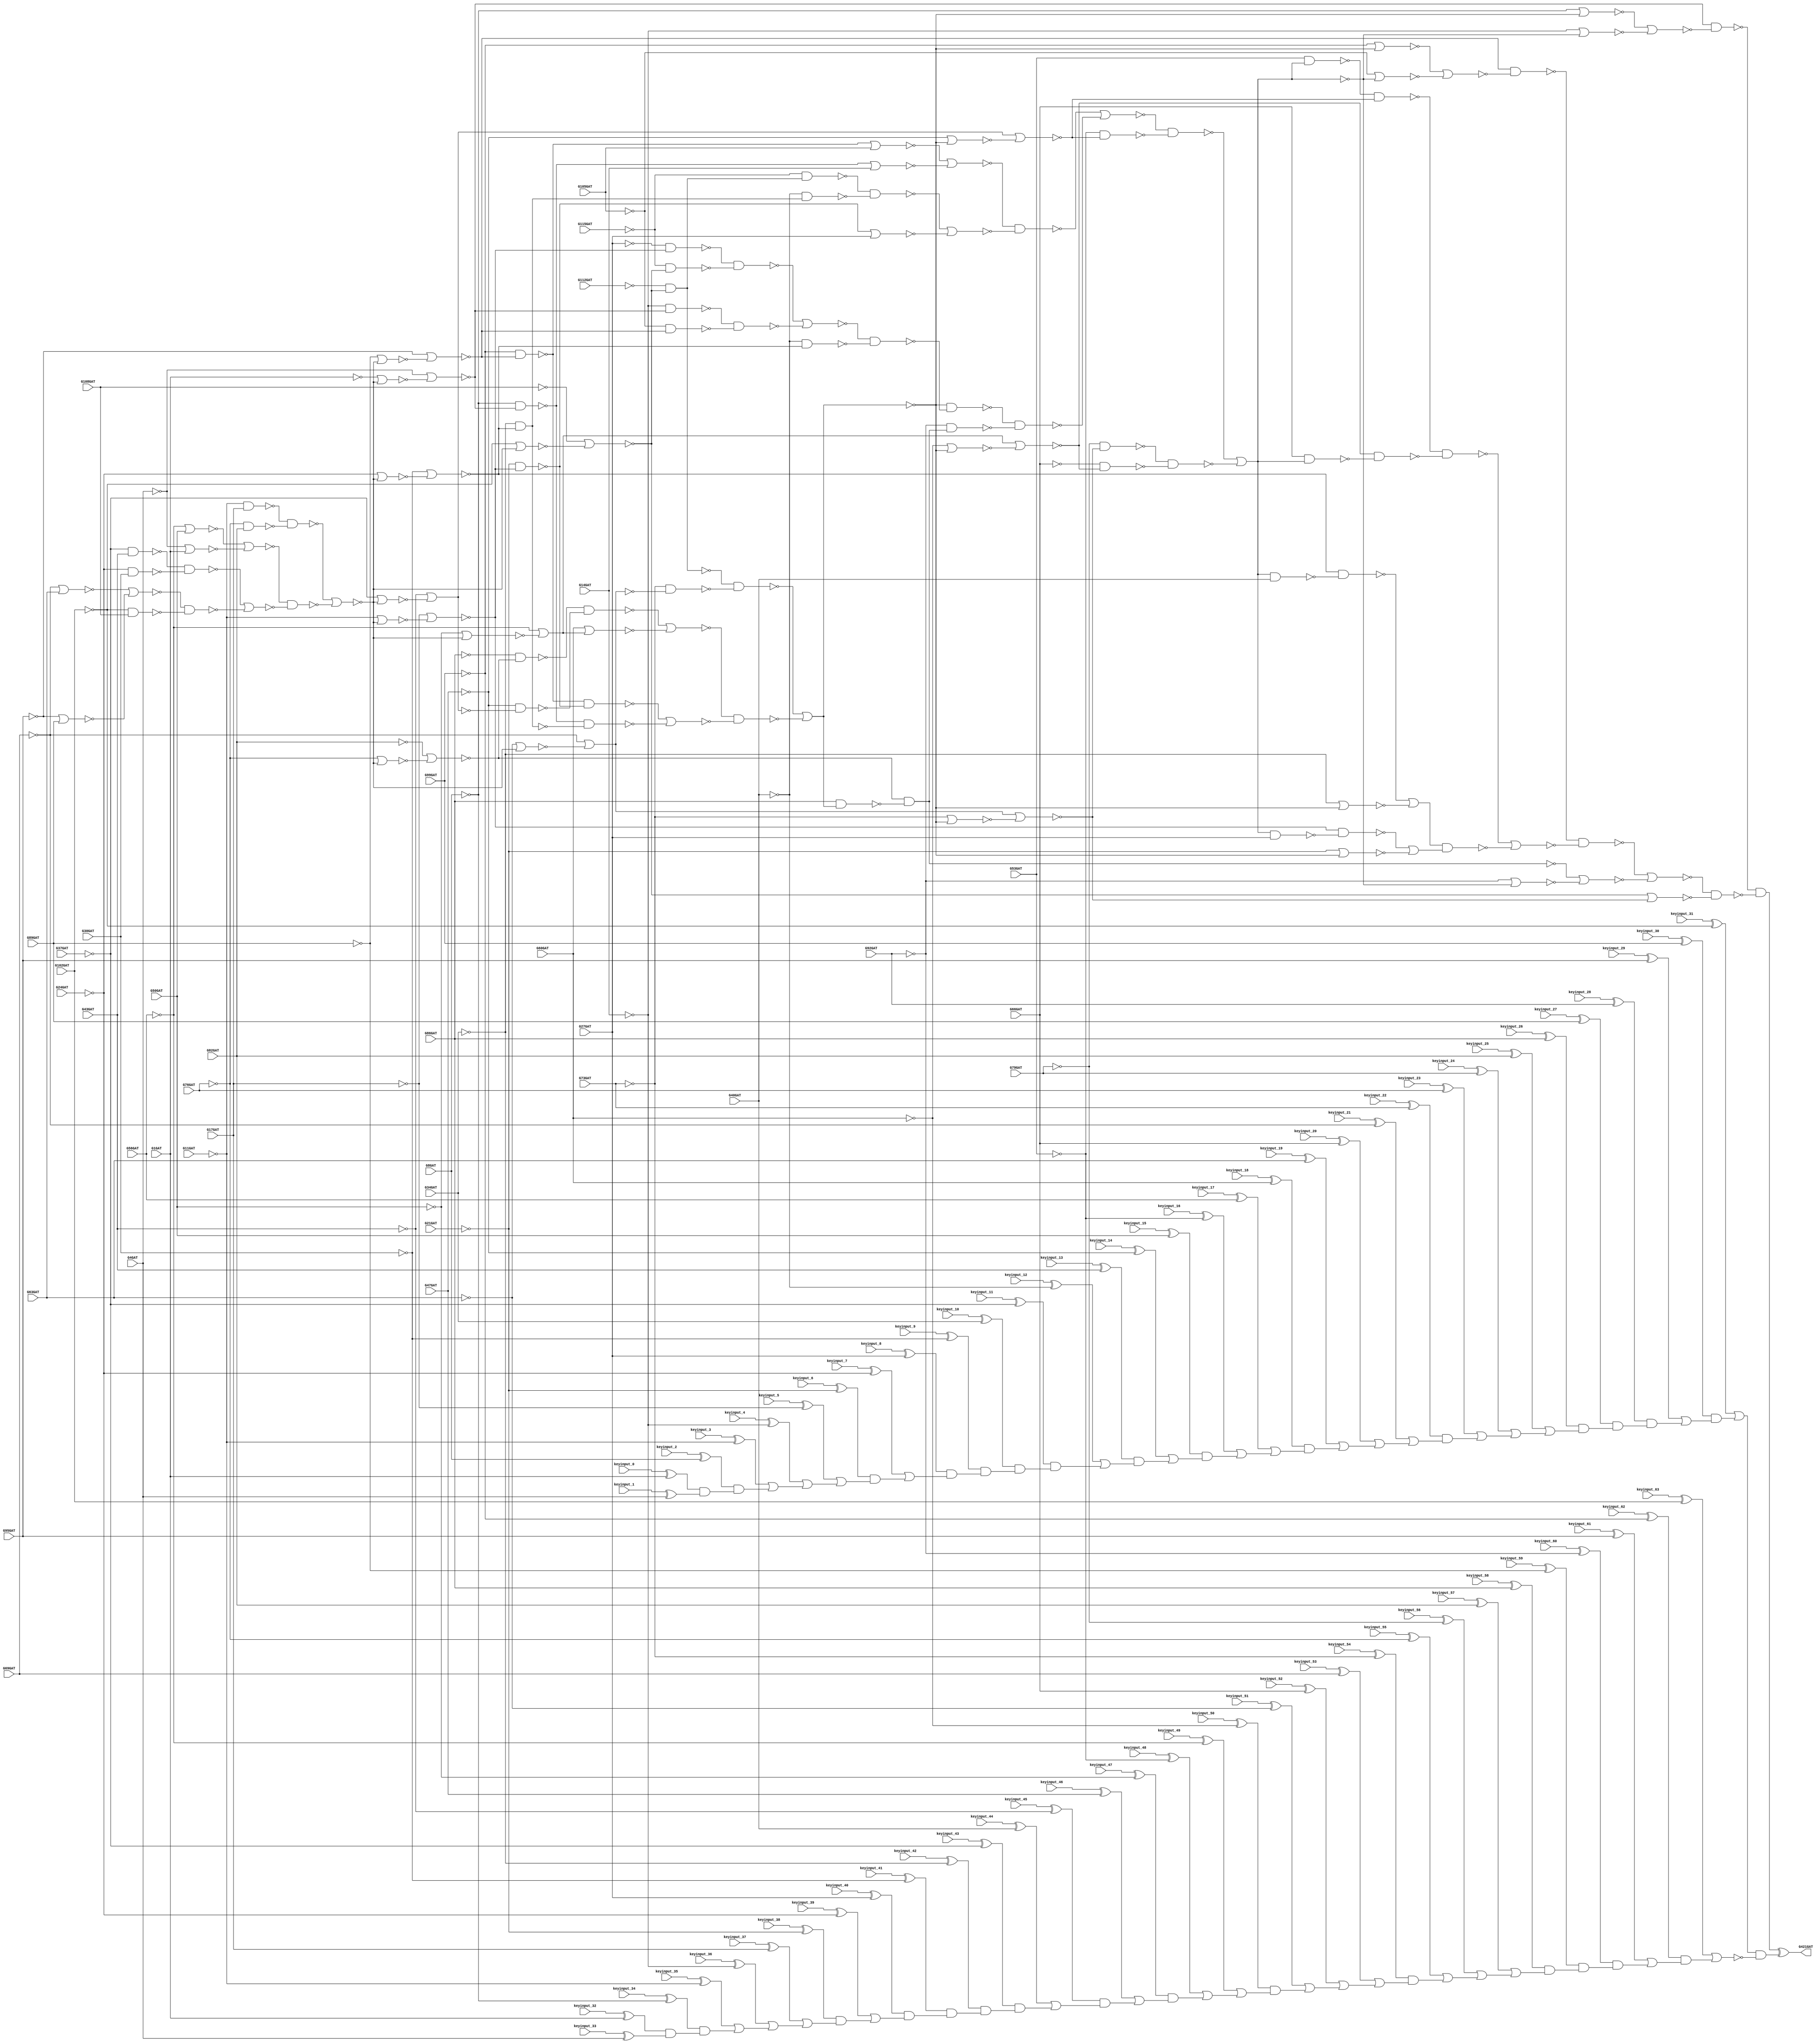
// Benchmark "c432_lock" written by ABC on Fri Jun 11 22:54:17 2021

module c432_lock ( 
    keyinput_0, keyinput_1, keyinput_2, keyinput_3, keyinput_4, keyinput_5,
    keyinput_6, keyinput_7, keyinput_8, keyinput_9, keyinput_10,
    keyinput_11, keyinput_12, keyinput_13, keyinput_14, keyinput_15,
    keyinput_16, keyinput_17, keyinput_18, keyinput_19, keyinput_20,
    keyinput_21, keyinput_22, keyinput_23, keyinput_24, keyinput_25,
    keyinput_26, keyinput_27, keyinput_28, keyinput_29, keyinput_30,
    keyinput_31, keyinput_32, keyinput_33, keyinput_34, keyinput_35,
    keyinput_36, keyinput_37, keyinput_38, keyinput_39, keyinput_40,
    keyinput_41, keyinput_42, keyinput_43, keyinput_44, keyinput_45,
    keyinput_46, keyinput_47, keyinput_48, keyinput_49, keyinput_50,
    keyinput_51, keyinput_52, keyinput_53, keyinput_54, keyinput_55,
    keyinput_56, keyinput_57, keyinput_58, keyinput_59, keyinput_60,
    keyinput_61, keyinput_62, keyinput_63, G1GAT, G4GAT, G8GAT, G11GAT,
    G14GAT, G17GAT, G21GAT, G24GAT, G27GAT, G30GAT, G34GAT, G37GAT, G40GAT,
    G43GAT, G47GAT, G50GAT, G53GAT, G56GAT, G60GAT, G63GAT, G66GAT, G69GAT,
    G73GAT, G76GAT, G79GAT, G82GAT, G86GAT, G89GAT, G92GAT, G95GAT, G99GAT,
    G102GAT, G105GAT, G108GAT, G112GAT, G115GAT,
    G421GAT  );
  input  keyinput_0, keyinput_1, keyinput_2, keyinput_3, keyinput_4,
    keyinput_5, keyinput_6, keyinput_7, keyinput_8, keyinput_9,
    keyinput_10, keyinput_11, keyinput_12, keyinput_13, keyinput_14,
    keyinput_15, keyinput_16, keyinput_17, keyinput_18, keyinput_19,
    keyinput_20, keyinput_21, keyinput_22, keyinput_23, keyinput_24,
    keyinput_25, keyinput_26, keyinput_27, keyinput_28, keyinput_29,
    keyinput_30, keyinput_31, keyinput_32, keyinput_33, keyinput_34,
    keyinput_35, keyinput_36, keyinput_37, keyinput_38, keyinput_39,
    keyinput_40, keyinput_41, keyinput_42, keyinput_43, keyinput_44,
    keyinput_45, keyinput_46, keyinput_47, keyinput_48, keyinput_49,
    keyinput_50, keyinput_51, keyinput_52, keyinput_53, keyinput_54,
    keyinput_55, keyinput_56, keyinput_57, keyinput_58, keyinput_59,
    keyinput_60, keyinput_61, keyinput_62, keyinput_63, G1GAT, G4GAT,
    G8GAT, G11GAT, G14GAT, G17GAT, G21GAT, G24GAT, G27GAT, G30GAT, G34GAT,
    G37GAT, G40GAT, G43GAT, G47GAT, G50GAT, G53GAT, G56GAT, G60GAT, G63GAT,
    G66GAT, G69GAT, G73GAT, G76GAT, G79GAT, G82GAT, G86GAT, G89GAT, G92GAT,
    G95GAT, G99GAT, G102GAT, G105GAT, G108GAT, G112GAT, G115GAT;
  output G421GAT;
  wire n143, n146, n144, n145, n167, n147, n150, n148, n149, n165, n151,
    n154, n152, n153, n163, n155, n158, n156, n157, n161, n159, n160, n162,
    n164, n166, G223GAT, n168, n260, n194, n169, n225, n170, n187, n171,
    n214, n174, n172, n220, n173, n177, n175, n228, n176, n185, n178, n256,
    n189, n179, n246, n199, n183, n180, n252, n191, n181, n240, n196, n182,
    n184, n186, G329GAT, n188, n193, n190, n192, n203, n195, n198, n238,
    n197, n201, n243, n200, n202, n219, n205, n204, n209, n207, n206, n208,
    n211, n210, n212, n217, n213, n258, n215, n216, n218, n224, n222, n221,
    n234, n223, n233, n227, n226, n265, n272, n230, n229, n275, n231, n232,
    G370GAT, n235, n280, n236, n237, n269, n244, n239, n242, n241, n283,
    n245, n248, n247, n285, n271, G430GAT, n250, n249, n251, n264, n254,
    n253, n255, n274, n259, n257, n273, n262, n261, n263, G421GAT_Lock,
    input_0, input_1, AND_1, input_2, AND_2, input_3, OR_3, input_4, OR_4,
    input_5, OR_5, input_6, AND_6, input_7, OR_7, input_8, AND_8, input_9,
    AND_9, input_10, AND_10, input_11, AND_11, input_12, OR_12, input_13,
    AND_13, input_14, OR_14, input_15, AND_15, input_16, OR_16, input_17,
    OR_17, input_18, AND_18, input_19, OR_19, input_20, OR_20, input_21,
    OR_21, input_22, AND_22, input_23, OR_23, input_24, OR_24, input_25,
    OR_25, input_26, AND_26, input_27, AND_27, input_28, AND_28, input_29,
    OR_29, input_30, AND_30, input_31, OR_31, input_32, input_33, AND_33,
    input_34, AND_34, input_35, OR_35, input_36, OR_36, input_37, OR_37,
    input_38, AND_38, input_39, OR_39, input_40, AND_40, input_41, AND_41,
    input_42, AND_42, input_43, AND_43, input_44, OR_44, input_45, AND_45,
    input_46, OR_46, input_47, AND_47, input_48, OR_48, input_49, OR_49,
    input_50, AND_50, input_51, OR_51, input_52, OR_52, input_53, OR_53,
    input_54, AND_54, input_55, OR_55, input_56, OR_56, input_57, OR_57,
    input_58, AND_58, input_59, AND_59, input_60, AND_60, input_61, OR_61,
    input_62, AND_62, input_63, OR_63, OR_63_INV, CASOP;
  assign n143 = ~G17GAT;
  assign n146 = ~G11GAT & ~n143;
  assign n144 = ~G82GAT;
  assign n145 = ~G76GAT & ~n144;
  assign n167 = ~n146 & ~n145;
  assign n147 = ~G50GAT;
  assign n150 = ~G56GAT | ~n147;
  assign n148 = ~G1GAT;
  assign n149 = ~G4GAT | ~n148;
  assign n165 = ~n150 | ~n149;
  assign n151 = ~G43GAT;
  assign n154 = ~G37GAT & ~n151;
  assign n152 = ~G30GAT;
  assign n153 = ~G24GAT & ~n152;
  assign n163 = ~n154 & ~n153;
  assign n155 = ~G63GAT;
  assign n158 = ~G69GAT | ~n155;
  assign n156 = ~G89GAT;
  assign n157 = ~G95GAT | ~n156;
  assign n161 = ~n158 | ~n157;
  assign n159 = ~G108GAT;
  assign n160 = ~G102GAT & ~n159;
  assign n162 = ~n161 & ~n160;
  assign n164 = ~n163 | ~n162;
  assign n166 = ~n165 & ~n164;
  assign G223GAT = ~n167 | ~n166;
  assign n168 = ~G102GAT | ~G223GAT;
  assign n260 = ~G108GAT | ~n168;
  assign n194 = ~G112GAT & ~n260;
  assign n169 = ~G63GAT | ~G223GAT;
  assign n225 = ~G69GAT | ~n169;
  assign n170 = ~G73GAT & ~n225;
  assign n187 = ~n194 & ~n170;
  assign n171 = ~G76GAT | ~G223GAT;
  assign n214 = ~G82GAT | ~n171;
  assign n174 = ~G86GAT & ~n214;
  assign n172 = ~G37GAT | ~G223GAT;
  assign n220 = ~G43GAT | ~n172;
  assign n173 = ~G47GAT & ~n220;
  assign n177 = ~n174 & ~n173;
  assign n175 = ~G50GAT | ~G223GAT;
  assign n228 = ~G56GAT | ~n175;
  assign n176 = G60GAT | n228;
  assign n185 = ~n177 | ~n176;
  assign n178 = ~G89GAT | ~G223GAT;
  assign n256 = ~G95GAT | ~n178;
  assign n189 = ~G99GAT & ~n256;
  assign n179 = ~G11GAT | ~G223GAT;
  assign n246 = ~G17GAT | ~n179;
  assign n199 = ~G21GAT & ~n246;
  assign n183 = ~n189 & ~n199;
  assign n180 = ~G1GAT | ~G223GAT;
  assign n252 = ~G4GAT | ~n180;
  assign n191 = ~G8GAT & ~n252;
  assign n181 = ~G24GAT | ~G223GAT;
  assign n240 = ~G30GAT | ~n181;
  assign n196 = ~G34GAT & ~n240;
  assign n182 = ~n191 & ~n196;
  assign n184 = ~n183 | ~n182;
  assign n186 = ~n185 & ~n184;
  assign G329GAT = ~n187 | ~n186;
  assign n188 = ~G105GAT;
  assign n193 = ~n189 | ~n188;
  assign n190 = ~G14GAT;
  assign n192 = ~n191 | ~n190;
  assign n203 = ~n193 | ~n192;
  assign n195 = ~n194;
  assign n198 = ~G115GAT & ~n195;
  assign n238 = ~G40GAT;
  assign n197 = n238 & n196;
  assign n201 = ~n198 & ~n197;
  assign n243 = ~G27GAT;
  assign n200 = ~n199 | ~n243;
  assign n202 = ~n201 | ~n200;
  assign n219 = ~n203 & ~n202;
  assign n205 = ~G27GAT & ~n246;
  assign n204 = ~G115GAT & ~n260;
  assign n209 = ~n205 & ~n204;
  assign n207 = ~G14GAT & ~n252;
  assign n206 = ~G105GAT & ~n256;
  assign n208 = ~n207 & ~n206;
  assign n211 = ~n209 | ~n208;
  assign n210 = ~G40GAT & ~n240;
  assign n212 = ~n211 & ~n210;
  assign n217 = ~G329GAT & ~n212;
  assign n213 = G86GAT & G329GAT;
  assign n258 = ~n214 & ~n213;
  assign n215 = ~n258;
  assign n216 = ~G92GAT & ~n215;
  assign n218 = ~n217 & ~n216;
  assign n224 = ~n219 | ~n218;
  assign n222 = ~n220;
  assign n221 = ~G47GAT | ~G329GAT;
  assign n234 = ~n222 | ~n221;
  assign n223 = ~G53GAT & ~n234;
  assign n233 = ~n224 & ~n223;
  assign n227 = ~n225;
  assign n226 = ~G73GAT | ~G329GAT;
  assign n265 = ~n227 | ~n226;
  assign n272 = ~G79GAT & ~n265;
  assign n230 = ~n228;
  assign n229 = ~G60GAT | ~G329GAT;
  assign n275 = ~n230 | ~n229;
  assign n231 = ~G66GAT & ~n275;
  assign n232 = ~n272 & ~n231;
  assign G370GAT = ~n233 | ~n232;
  assign n235 = G53GAT & G370GAT;
  assign n280 = ~n235 & ~n234;
  assign n236 = G66GAT & G370GAT;
  assign n237 = ~n275 & ~n236;
  assign n269 = ~n280 & ~n237;
  assign n244 = ~G370GAT;
  assign n239 = ~n244 & ~n238;
  assign n242 = ~n240 & ~n239;
  assign n241 = ~G34GAT | ~G329GAT;
  assign n283 = ~n242 | ~n241;
  assign n245 = ~n244 & ~n243;
  assign n248 = ~n246 & ~n245;
  assign n247 = ~G21GAT | ~G329GAT;
  assign n285 = ~n248 | ~n247;
  assign n271 = n283 & n285;
  assign G430GAT = ~n269 | ~n271;
  assign n250 = ~G8GAT | ~G329GAT;
  assign n249 = ~G14GAT | ~G370GAT;
  assign n251 = ~n250 | ~n249;
  assign n264 = ~n252 & ~n251;
  assign n254 = ~G99GAT | ~G329GAT;
  assign n253 = ~G105GAT | ~G370GAT;
  assign n255 = ~n254 | ~n253;
  assign n274 = ~n256 & ~n255;
  assign n259 = ~n274 & ~G430GAT;
  assign n257 = ~G92GAT | ~G370GAT;
  assign n273 = ~n258 | ~n257;
  assign n262 = ~n259 | ~n273;
  assign n261 = ~n260 | ~n265;
  assign n263 = ~n262 & ~n261;
  assign G421GAT_Lock = ~n264 & ~n263;
  assign input_0 = keyinput_0 ^ G1GAT;
  assign input_1 = keyinput_1 ^ G4GAT;
  assign AND_1 = input_0 & input_1;
  assign input_2 = keyinput_2 ^ G8GAT;
  assign AND_2 = input_2 & AND_1;
  assign input_3 = keyinput_3 ^ ~G11GAT;
  assign OR_3 = input_3 | AND_2;
  assign input_4 = keyinput_4 ^ ~G14GAT;
  assign OR_4 = input_4 | OR_3;
  assign input_5 = keyinput_5 ^ ~G17GAT;
  assign OR_5 = input_5 | OR_4;
  assign input_6 = keyinput_6 ^ ~G21GAT;
  assign AND_6 = input_6 & OR_5;
  assign input_7 = keyinput_7 ^ ~G24GAT;
  assign OR_7 = input_7 | AND_6;
  assign input_8 = keyinput_8 ^ G27GAT;
  assign AND_8 = input_8 & OR_7;
  assign input_9 = keyinput_9 ^ ~G30GAT;
  assign AND_9 = input_9 & AND_8;
  assign input_10 = keyinput_10 ^ G34GAT;
  assign AND_10 = input_10 & AND_9;
  assign input_11 = keyinput_11 ^ ~G37GAT;
  assign AND_11 = input_11 & AND_10;
  assign input_12 = keyinput_12 ^ ~G40GAT;
  assign OR_12 = input_12 | AND_11;
  assign input_13 = keyinput_13 ^ G43GAT;
  assign AND_13 = input_13 & OR_12;
  assign input_14 = keyinput_14 ^ ~G47GAT;
  assign OR_14 = input_14 | AND_13;
  assign input_15 = keyinput_15 ^ G50GAT;
  assign AND_15 = input_15 & OR_14;
  assign input_16 = keyinput_16 ^ ~G53GAT;
  assign OR_16 = input_16 | AND_15;
  assign input_17 = keyinput_17 ^ G56GAT;
  assign OR_17 = input_17 | OR_16;
  assign input_18 = keyinput_18 ^ G60GAT;
  assign AND_18 = input_18 & OR_17;
  assign input_19 = keyinput_19 ^ G63GAT;
  assign OR_19 = input_19 | AND_18;
  assign input_20 = keyinput_20 ^ G66GAT;
  assign OR_20 = input_20 | OR_19;
  assign input_21 = keyinput_21 ^ ~G69GAT;
  assign OR_21 = input_21 | OR_20;
  assign input_22 = keyinput_22 ^ G73GAT;
  assign AND_22 = input_22 & OR_21;
  assign input_23 = keyinput_23 ^ G76GAT;
  assign OR_23 = input_23 | AND_22;
  assign input_24 = keyinput_24 ^ G79GAT;
  assign OR_24 = input_24 | OR_23;
  assign input_25 = keyinput_25 ^ G82GAT;
  assign OR_25 = input_25 | OR_24;
  assign input_26 = keyinput_26 ^ G86GAT;
  assign AND_26 = input_26 & OR_25;
  assign input_27 = keyinput_27 ^ G89GAT;
  assign AND_27 = input_27 & AND_26;
  assign input_28 = keyinput_28 ^ G92GAT;
  assign AND_28 = input_28 & AND_27;
  assign input_29 = keyinput_29 ^ G95GAT;
  assign OR_29 = input_29 | AND_28;
  assign input_30 = keyinput_30 ^ G99GAT;
  assign AND_30 = input_30 & OR_29;
  assign input_31 = keyinput_31 ^ ~G102GAT;
  assign OR_31 = input_31 | AND_30;
  assign input_32 = keyinput_32 ^ G1GAT;
  assign input_33 = keyinput_33 ^ G4GAT;
  assign AND_33 = input_32 & input_33;
  assign input_34 = keyinput_34 ^ ~G8GAT;
  assign AND_34 = input_34 & AND_33;
  assign input_35 = keyinput_35 ^ ~G11GAT;
  assign OR_35 = input_35 | AND_34;
  assign input_36 = keyinput_36 ^ ~G14GAT;
  assign OR_36 = input_36 | OR_35;
  assign input_37 = keyinput_37 ^ G17GAT;
  assign OR_37 = input_37 | OR_36;
  assign input_38 = keyinput_38 ^ ~G21GAT;
  assign AND_38 = input_38 & OR_37;
  assign input_39 = keyinput_39 ^ ~G24GAT;
  assign OR_39 = input_39 | AND_38;
  assign input_40 = keyinput_40 ^ G27GAT;
  assign AND_40 = input_40 & OR_39;
  assign input_41 = keyinput_41 ^ ~G30GAT;
  assign AND_41 = input_41 & AND_40;
  assign input_42 = keyinput_42 ^ ~G34GAT;
  assign AND_42 = input_42 & AND_41;
  assign input_43 = keyinput_43 ^ ~G37GAT;
  assign AND_43 = input_43 & AND_42;
  assign input_44 = keyinput_44 ^ G40GAT;
  assign OR_44 = input_44 | AND_43;
  assign input_45 = keyinput_45 ^ ~G43GAT;
  assign AND_45 = input_45 & OR_44;
  assign input_46 = keyinput_46 ^ G47GAT;
  assign OR_46 = input_46 | AND_45;
  assign input_47 = keyinput_47 ^ ~G50GAT;
  assign AND_47 = input_47 & OR_46;
  assign input_48 = keyinput_48 ^ ~G53GAT;
  assign OR_48 = input_48 | AND_47;
  assign input_49 = keyinput_49 ^ ~G56GAT;
  assign OR_49 = input_49 | OR_48;
  assign input_50 = keyinput_50 ^ ~G60GAT;
  assign AND_50 = input_50 & OR_49;
  assign input_51 = keyinput_51 ^ ~G63GAT;
  assign OR_51 = input_51 | AND_50;
  assign input_52 = keyinput_52 ^ G66GAT;
  assign OR_52 = input_52 | OR_51;
  assign input_53 = keyinput_53 ^ G69GAT;
  assign OR_53 = input_53 | OR_52;
  assign input_54 = keyinput_54 ^ ~G73GAT;
  assign AND_54 = input_54 & OR_53;
  assign input_55 = keyinput_55 ^ ~G76GAT;
  assign OR_55 = input_55 | AND_54;
  assign input_56 = keyinput_56 ^ ~G79GAT;
  assign OR_56 = input_56 | OR_55;
  assign input_57 = keyinput_57 ^ G82GAT;
  assign OR_57 = input_57 | OR_56;
  assign input_58 = keyinput_58 ^ G86GAT;
  assign AND_58 = input_58 & OR_57;
  assign input_59 = keyinput_59 ^ ~G89GAT;
  assign AND_59 = input_59 & AND_58;
  assign input_60 = keyinput_60 ^ ~G92GAT;
  assign AND_60 = input_60 & AND_59;
  assign input_61 = keyinput_61 ^ G95GAT;
  assign OR_61 = input_61 | AND_60;
  assign input_62 = keyinput_62 ^ ~G99GAT;
  assign AND_62 = input_62 & OR_61;
  assign input_63 = keyinput_63 ^ G102GAT;
  assign OR_63 = input_63 | AND_62;
  assign OR_63_INV = ~OR_63;
  assign CASOP = OR_31 & OR_63_INV;
  assign G421GAT = G421GAT_Lock ^ CASOP;
endmodule